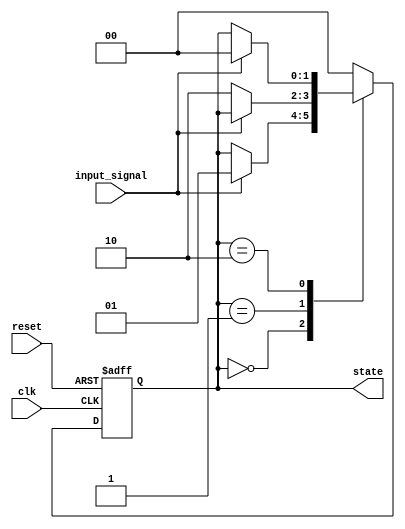
module fsm_example (
    input wire clk,          // Clock signal
    input wire reset,        // Asynchronous reset signal
    input wire input_signal, // Input signal that affects state transitions
    output reg [1:0] state   // 2-bit state output
);

// State encoding
parameter STATE_0 = 2'b00;
parameter STATE_1 = 2'b01;
parameter STATE_2 = 2'b10;

// Initial state
initial begin
    state = STATE_0; // Set initial state
end

// Sequential logic block
always @(posedge clk or posedge reset) begin
    if (reset) begin
        state <= STATE_0; // Reset to initial state
    end else begin
        case (state)
            STATE_0: begin
                if (input_signal) begin
                    state <= STATE_1; // Transition to STATE_1
                end
            end
            STATE_1: begin
                if (!input_signal) begin
                    state <= STATE_2; // Transition to STATE_2
                end
            end
            STATE_2: begin
                if (input_signal) begin
                    state <= STATE_0; // Transition back to STATE_0
                end
            end
            default: state <= STATE_0; // Default case
        endcase
    end
end

endmodule